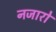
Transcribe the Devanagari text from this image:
नजारो